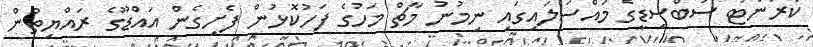
ކަރަންޓު ސަބްސިޑީގެ މައްސަލައިގައި ނިމުނު މާޗް މަހުގެ ފަހުކޮޅުން ފެށިގެން އައްޑޫގެ ރައްޔިތުން